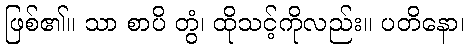
ဖြစ်၏။ သာ စာပိ တွံ၊ ထိုသင့်ကိုလည်း။ ပတိနော၊